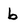
Character: b